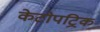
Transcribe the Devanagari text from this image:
केटोपट्रिक